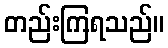
တည်းကြရသည်။